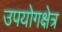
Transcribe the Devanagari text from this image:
उपयोगक्षेत्र